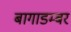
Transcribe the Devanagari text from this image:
बागाडम्बर